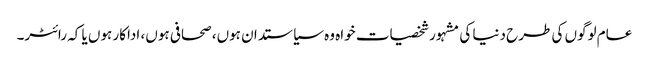
عام لوگوں کی طرح دنیا کی مشہور شخصیات خواہ وہ سیاستدان ہوں، صحافی ہوں، اداکار ہوں یا کہ رائٹر۔